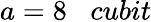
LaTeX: a=8\; \; \; cubit